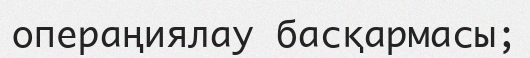
операңиялау басқармасы;